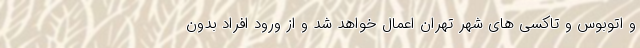
و اتوبوس و تاکسی های شهر تهران اعمال خواهد شد و از ورود افراد بدون